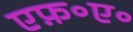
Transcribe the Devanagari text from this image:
एफ़॰ए॰